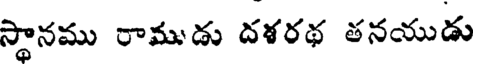
స్థానము రాముడు దళరథ తనయుడు